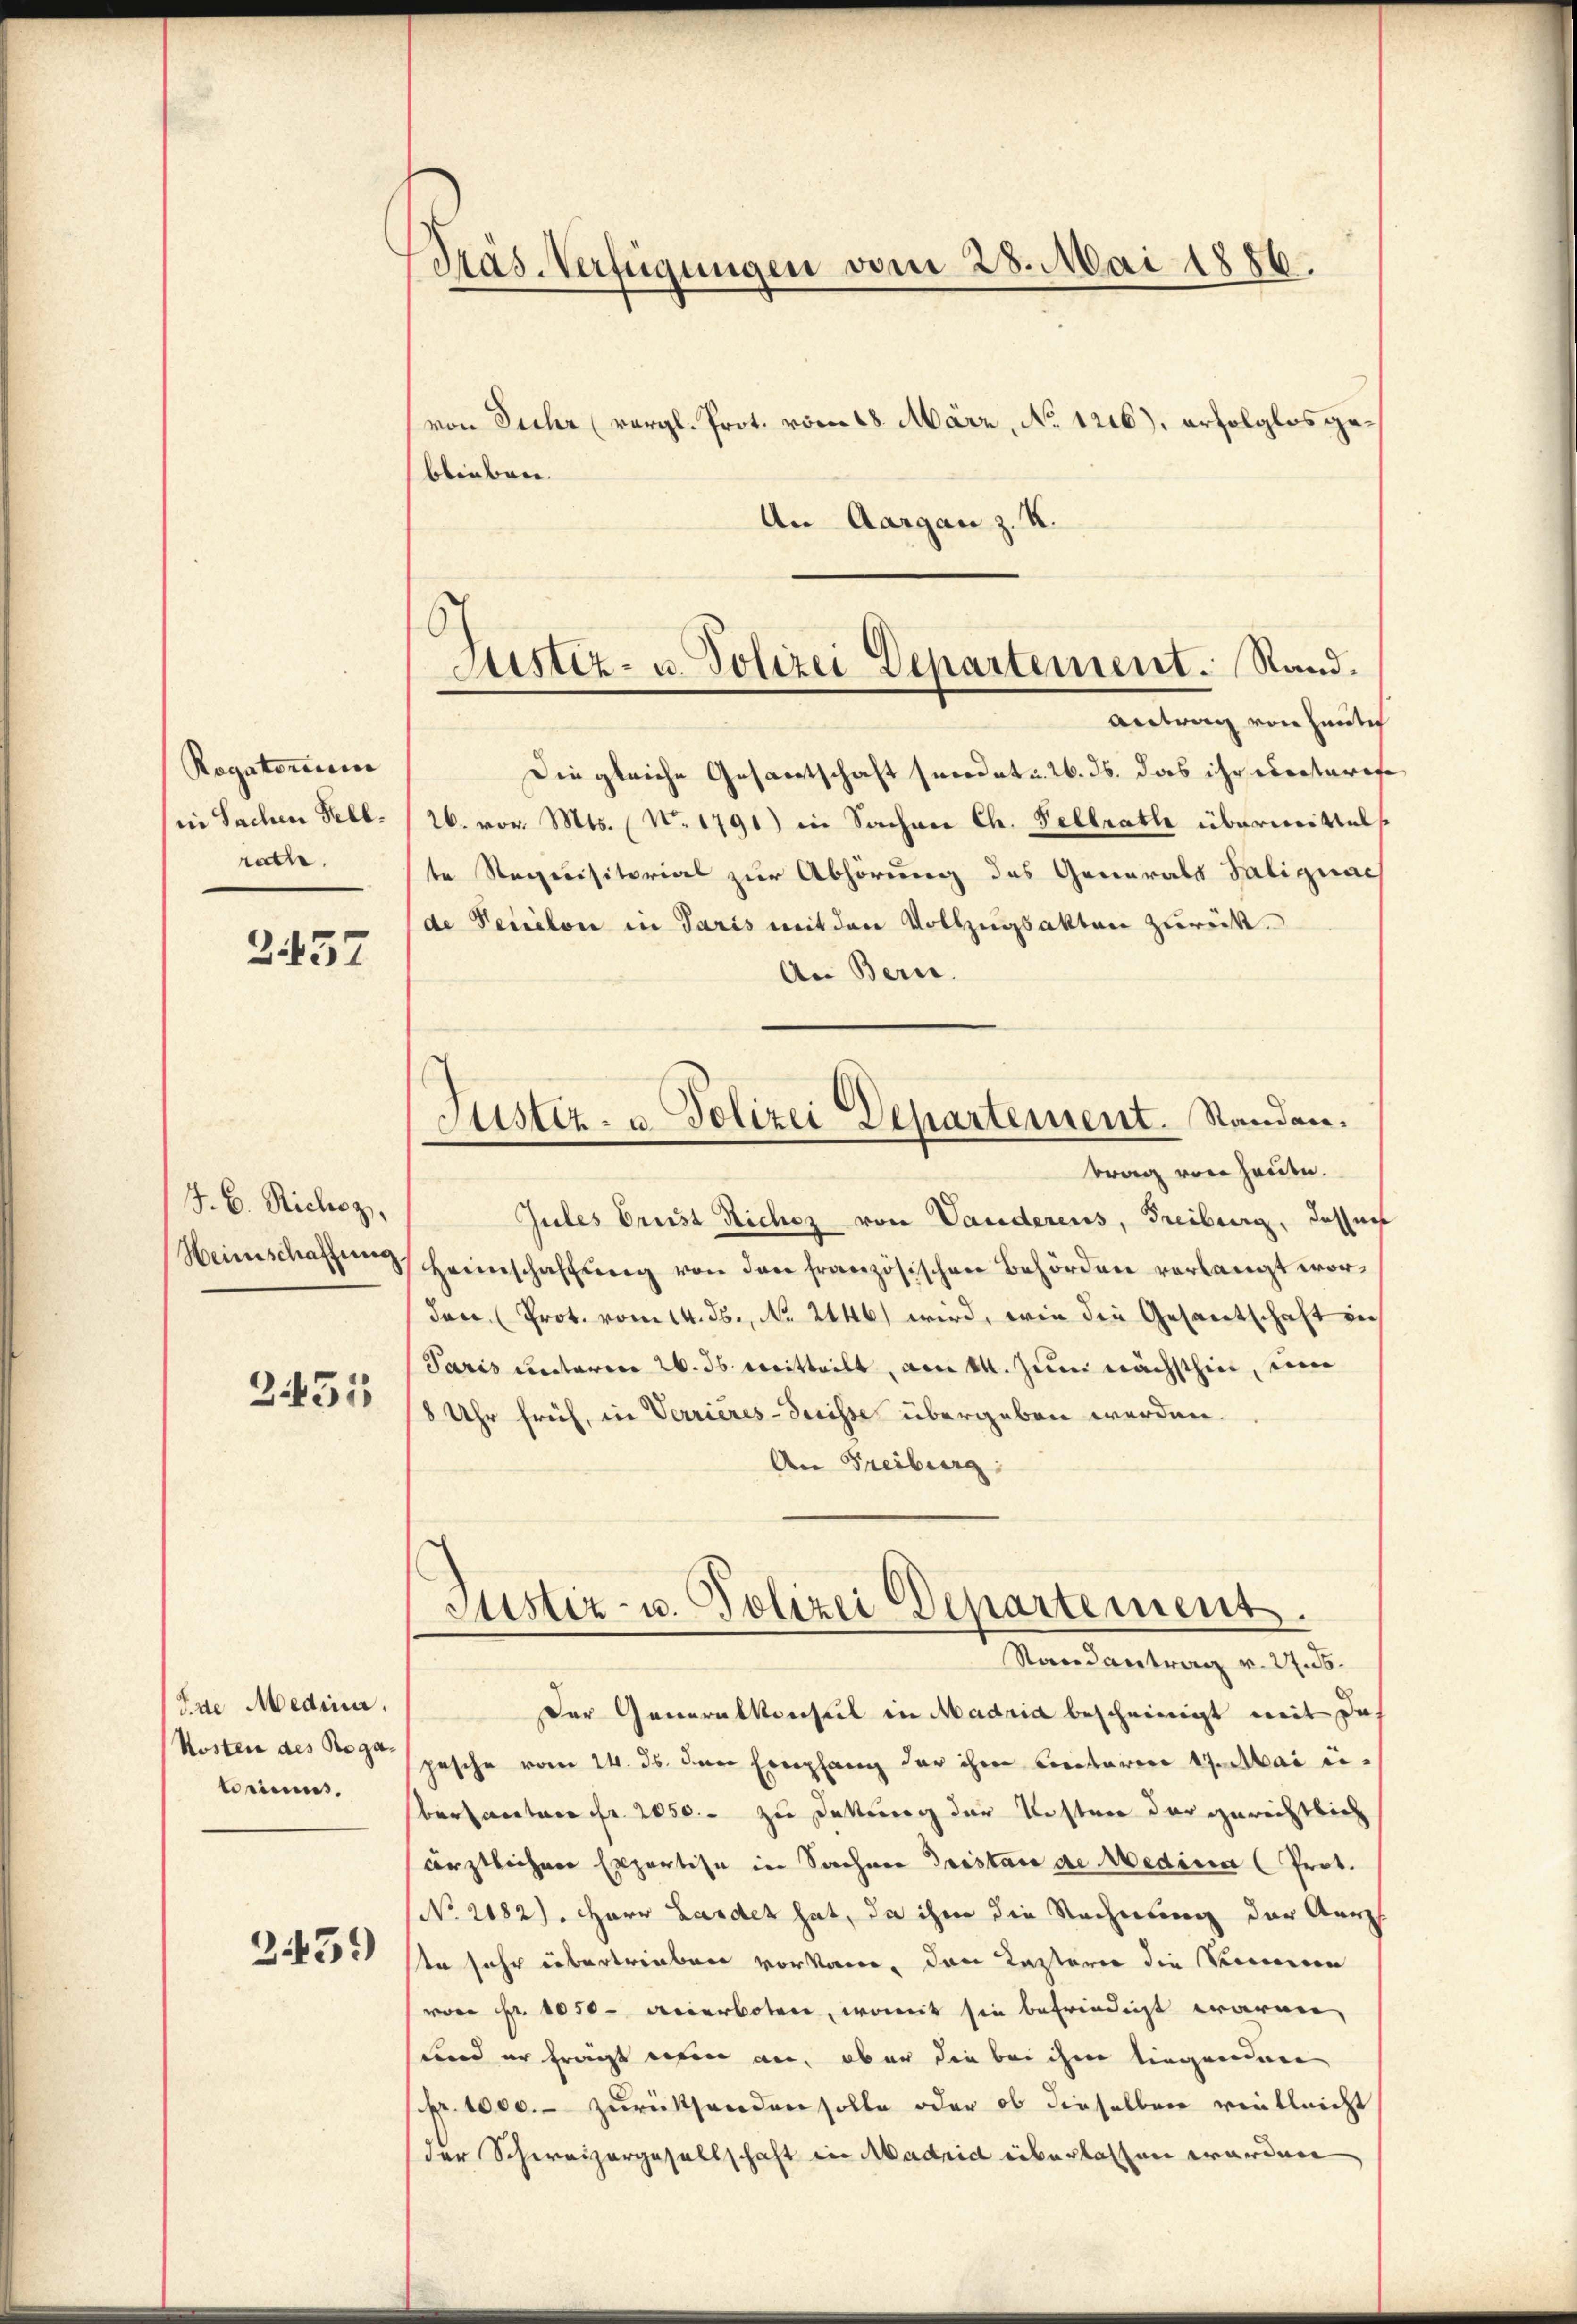
Rogatorium
in Sachen Fell.
rathe.

2437

J. B. Richoz,
Heimschaffung.

3455

Ide Medina.
teriums.
2451)

Pras-Verfügungen vom 28. Mai 1886.
von Sicher (vergl. Prot. vom 18. März, No 1216), erfolglos ge¬

blieben.
An Aargau z. K.

Antrag von heutig
Diegleiche Gesamtschaft secedat u. 26. ds. das ihr weiteres
26. vor. Mts. (N. 1791) in Sachen Ch. Fellrath übermittelst
te Requisitorial zur Abhörung des Generals Talignach
de Percelon in Paris mit den Vollzugsakten zurück.
An Bern.
Justiz- u. Polizei Departement. Standen.
brag von heute.
Gutes Brust Nichtz von Vanderens, Freiburg, das ne
Heimschaffŭng von den französischen Behörden verlangt wor¬
Ien (Prot. vom 14. ds., No. 2146) wird, wie die Gesantschaft ver
Paris unterm 26. ds. mitteilt, am 14. Juni nächsthin, ein
8 Uhr früh, in Verrieres-Suisse übergeben werden.
An Freiburg

S
Justiz- u. Polizei Departement. Sand¬

Justiz- u. Polizei Departement.
Randantrag v. 27. ds.

Der Generalkonseil in Madrid bescheinigt weit da
Kosten des de sepesche vom 14. ds. den Empfang der ihm Centerm 17. Mai eibertartare Fr. 2050.- zu Dekung der Kosten der gerichtlich
ärztlichen Exportise in Sachen Tristande Medica (Prot.
(No. 2182). Herr Landet hat, da ihm die Rechnung der Aerzt
ste sehr übertrieben vorkam, den Kastern die Sinnern
von Fr. 1050 verboten, womit sie befriedigt waren,
sund er fragt erfen an, aber die bei ihre liegender
pr. 1000.- zurücksenden solle oder ob dieselben vielleicht
der Schweizergesellschaft in Madrid überlassen worden